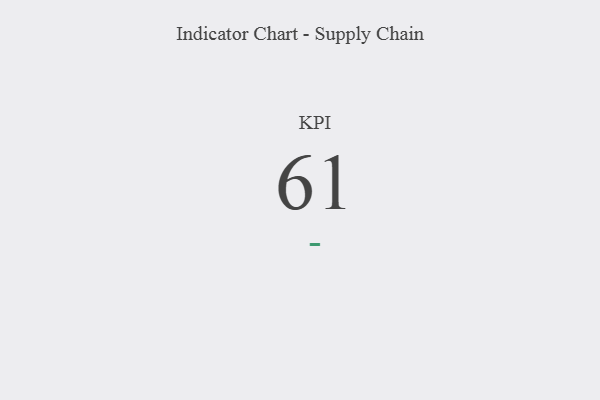
{"axis": {"x": "KPI", "y": "Value"}, "legend": [""], "data": [{"x": "KPI", "y": 61, "type": ""}]}